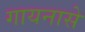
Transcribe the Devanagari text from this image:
गायनासे